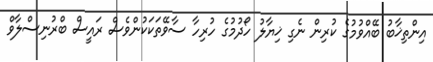
އިންތިޚާބު ބޭއްވުމުގެ ކުރިން ނެގި ޚިޔާލު ހޯދުމުގެ ހުރިހާ ސާވޭތަކަކުންވެސް ރައީސް ބްރުނިސްލާވް